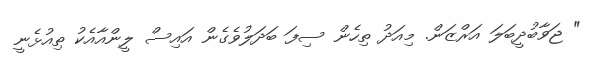
" ޖަވާބުދީބަލަ އަރްޒަން. މިއަދު ތިހެން ސިފަ ބަދަލުވެގެން އައިސް ލީންއާއެކު ތިއުޅެނީ